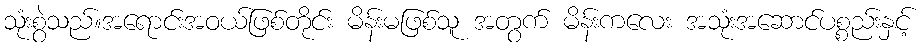
သုံးစွဲသည်။အရောင်းအဝယ်ဖြစ်တိုင်း မိန်းမဖြစ်သူ အတွက် မိန်းကလေး အသုံးအဆောင်ပစ္စည်းနှင့်